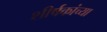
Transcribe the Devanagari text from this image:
शीर्षकांच्या